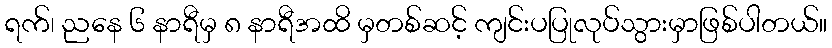
ရက်၊ ညနေ ၆ နာရီမှ ၈ နာရီအထိ မှတစ်ဆင့် ကျင်းပပြုလုပ်သွားမှာဖြစ်ပါတယ်။